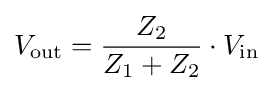
V_{\mathrm {out} }={\frac {Z_{2}}{Z_{1}+Z_{2}}}\cdot V_{\mathrm {in} }